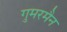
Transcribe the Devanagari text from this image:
गुमरमैन